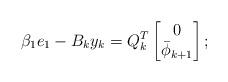
LaTeX: \begin{align*}\beta_{1}e_{1}-B_{k}y_{k}=Q_{k}^{T}\begin{bmatrix}0\\\bar{\phi}_{k+1}\end{bmatrix};\end{align*}